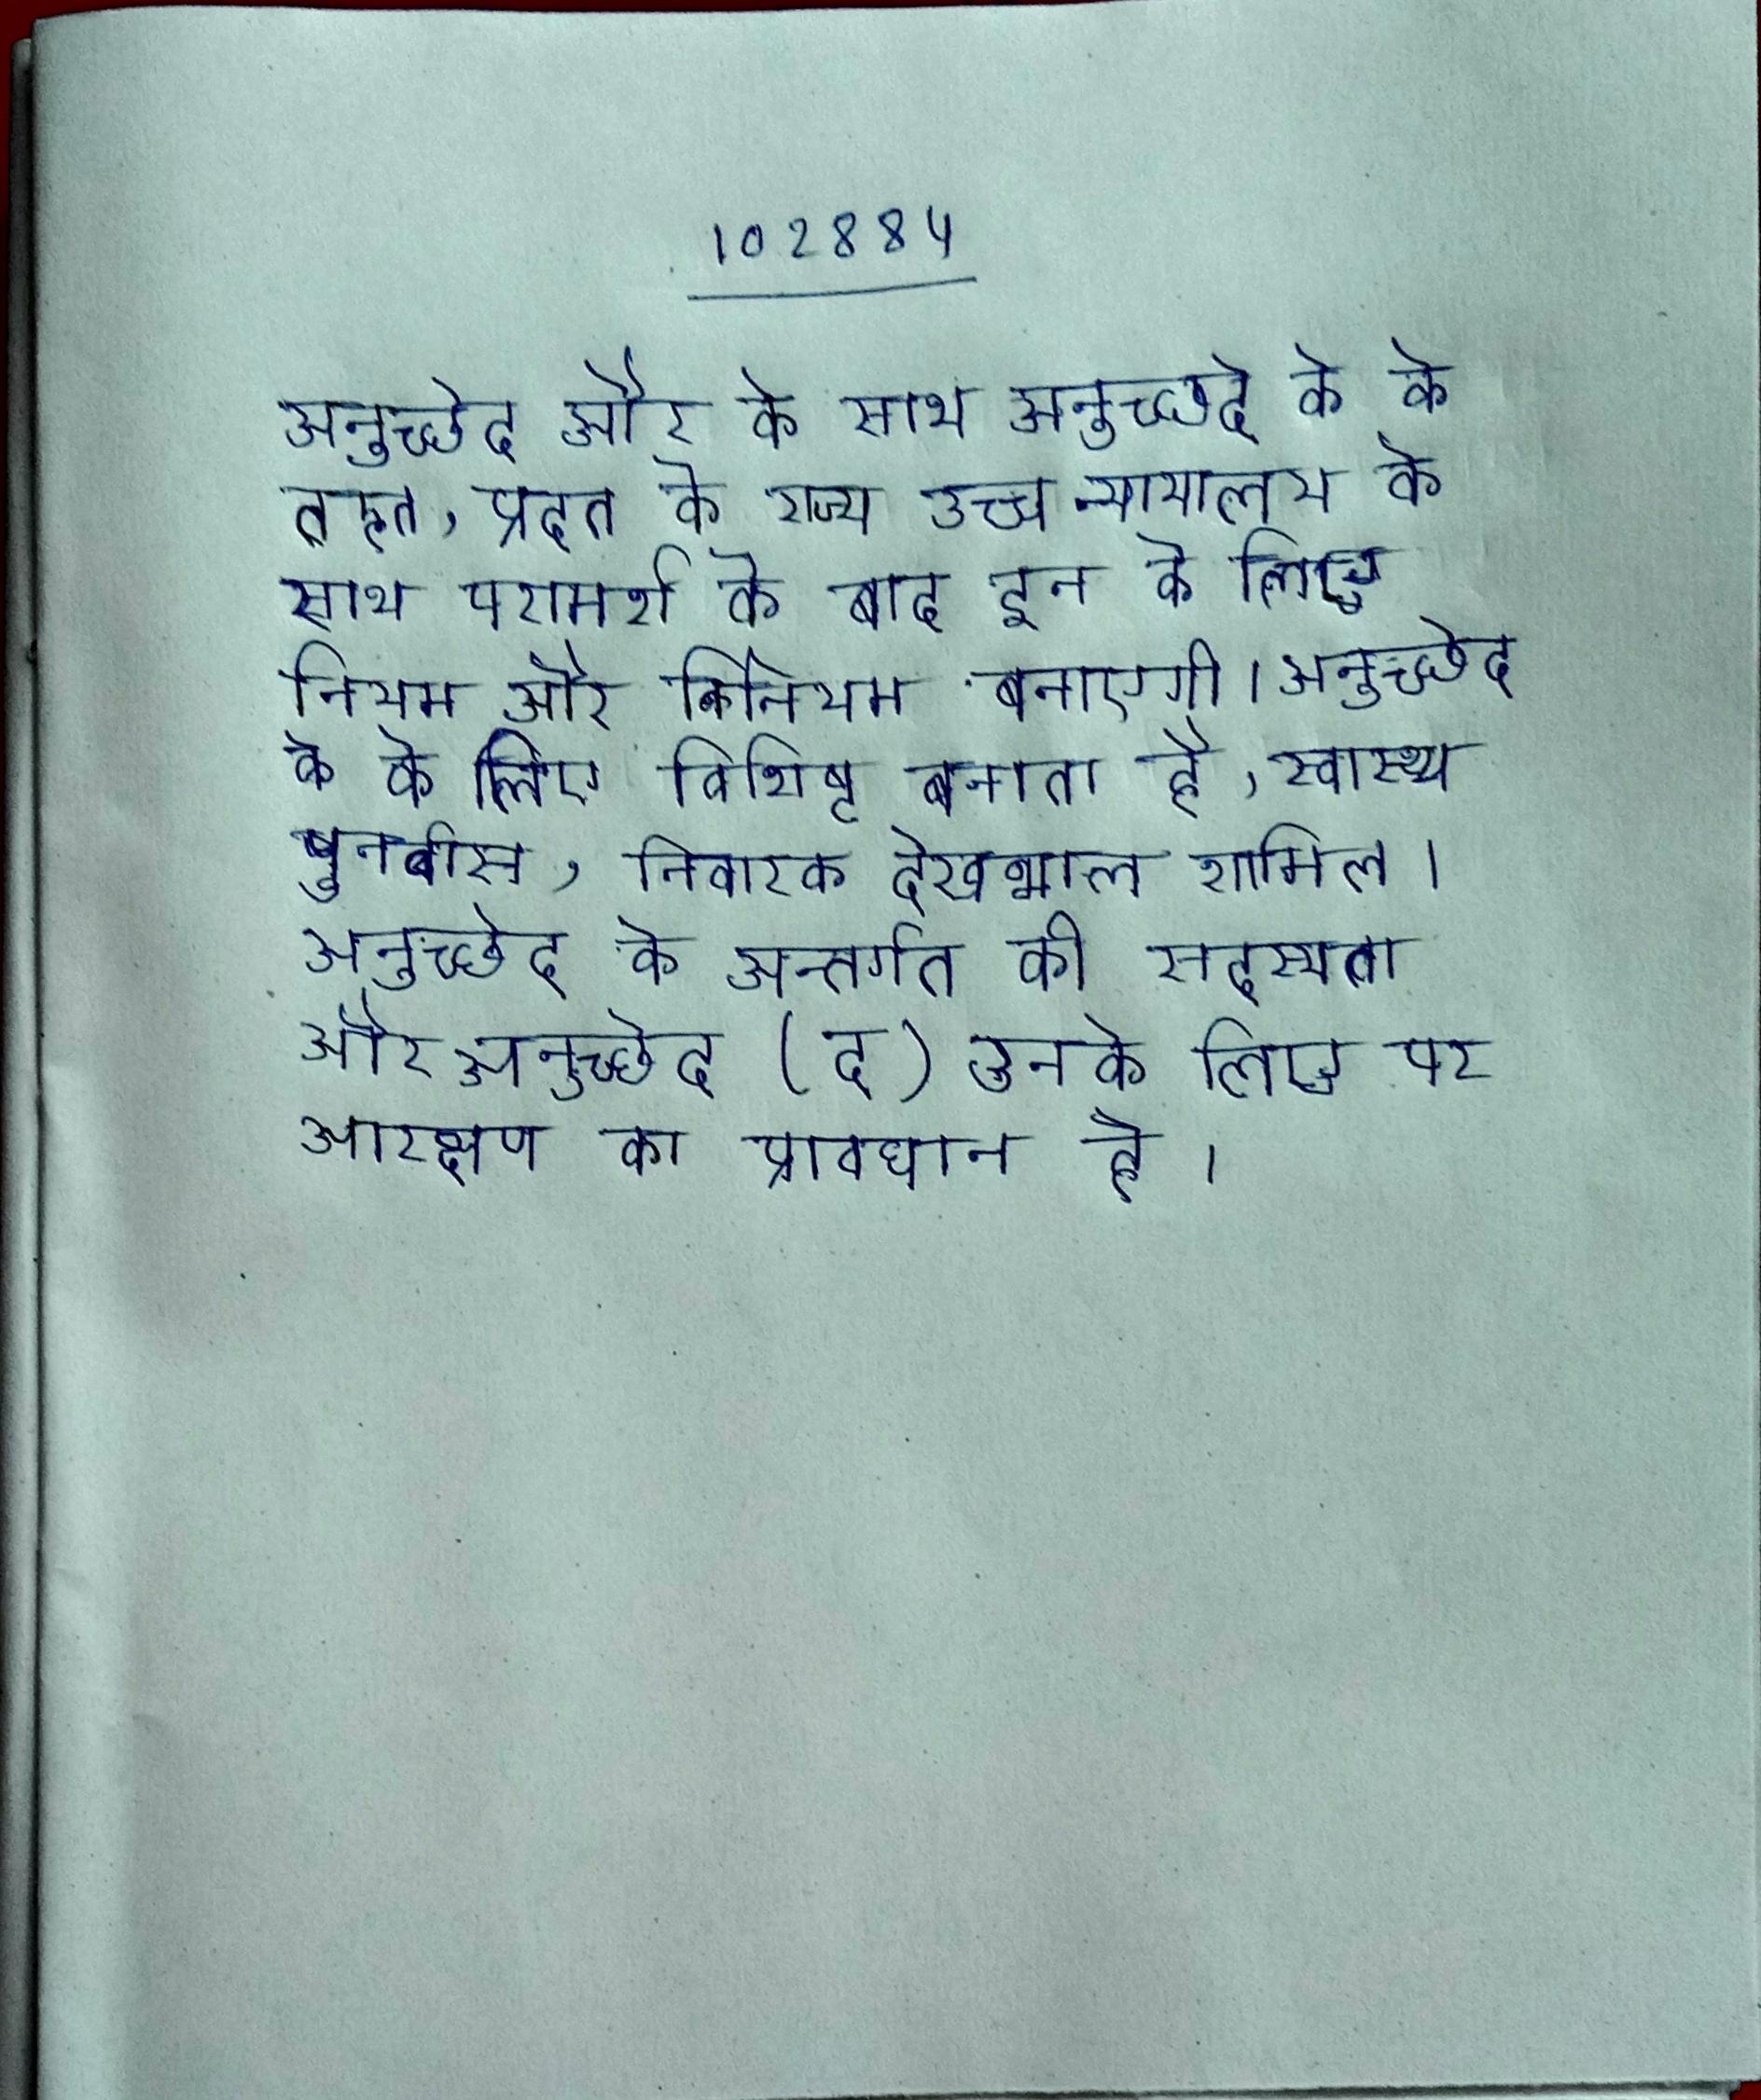
अनुच्छेद और के साथ अनुच्छदे के के तहत, प्रदत के राज्य उच्च न्यायालय के साथ परामर्श के बाद इन के लिए नियम और विनियम बनाएगी । अनुच्छेद के के लिए विशिष्ट बनाता है, स्वास्थ्य पुनर्वास, निवारक देखभाल शामिल । अनुच्छेद के अन्तर्गत की सदस्यता और अनुच्छेद (द) उनके लिए पर आरक्षण का प्रावधान है ।